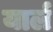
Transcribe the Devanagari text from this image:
यार्ल